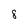
Character: 8